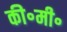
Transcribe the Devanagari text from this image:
की॰मी॰